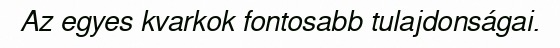
Az egyes kvarkok fontosabb tulajdonságai.